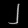
Digit: ၂